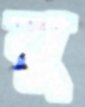
বু